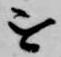
を